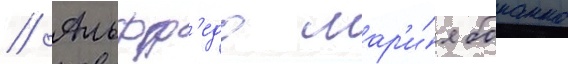
// Альфр'едо мар'и́я бонанно